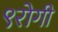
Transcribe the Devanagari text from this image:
९रोगी